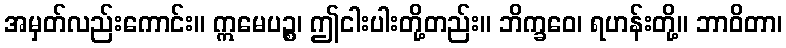
အမှတ်လည်းကောင်း။ ဣမေပဉ္စ၊ ဤငါးပါးတို့တည်း။ ဘိက္ခဝေ၊ ရဟန်းတို့။ ဘာဝိတာ၊